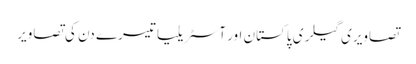
تصاویری گیلری پاکستان اور آسٹریلیا تیسرے دن کی تصاویر